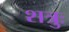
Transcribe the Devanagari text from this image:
शत्रुः